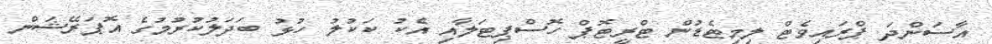
އާސަންދަ ޕްރައިވެޓް ލިމިޓެޑުން ޓްރީޓޮޕް ހޮސްޕިޓަލާއި އެކު ކަކުލު ހުޅު ބަދަލުކުރުމުގެ އޮޕަރޭޝަން